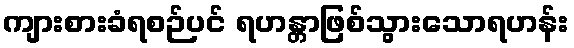
ကျားစားခံရစဉ်ပင် ရဟန္တာဖြစ်သွားသောရဟန်း